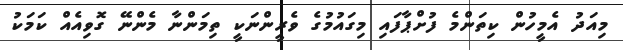
މިއަދު އެމީހުން ކިތަންމެ ފުށްޕާފައި މިގައުމުގެ ވެރީންނަކީ ތިމަންނާ މެންނޭ ގޮވިއެއް ކަމަކު